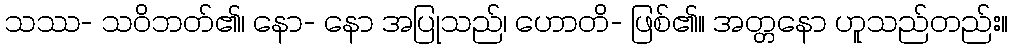
သဿ- သဝိဘတ်၏၊ နော- နော အပြုသည်၊ ဟောတိ- ဖြစ်၏။ အတ္တနော ဟူသည်တည်း။